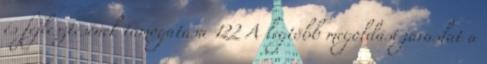
és fejlesztésének támogatása 122 A legtöbb megoldási javaslat a